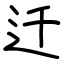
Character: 迁